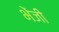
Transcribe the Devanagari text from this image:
भेंजी